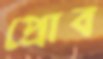
প্রোব